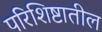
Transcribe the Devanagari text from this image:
परिशिष्टातील